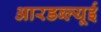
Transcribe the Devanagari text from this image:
आरडब्ल्यूई